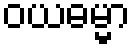
ဝယဓမ္မာ